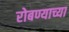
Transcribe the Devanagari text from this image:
रोबण्याच्या